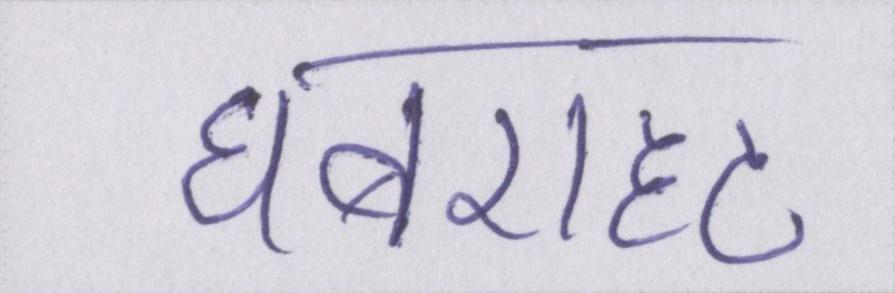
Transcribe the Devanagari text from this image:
घबराहट